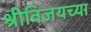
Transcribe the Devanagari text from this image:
श्रीविजयच्या